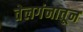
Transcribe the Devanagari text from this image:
तेलगंनातून